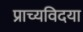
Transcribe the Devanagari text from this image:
प्राच्यविदया